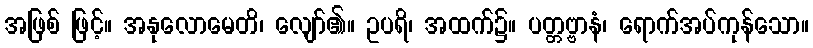
အဖြစ် ဖြင့်။ အနုလောမေတိ၊ လျော်၏။ ဥပရိ၊ အထက်၌။ ပတ္တဗ္ဗာနံ၊ ရောက်အပ်ကုန်သော။